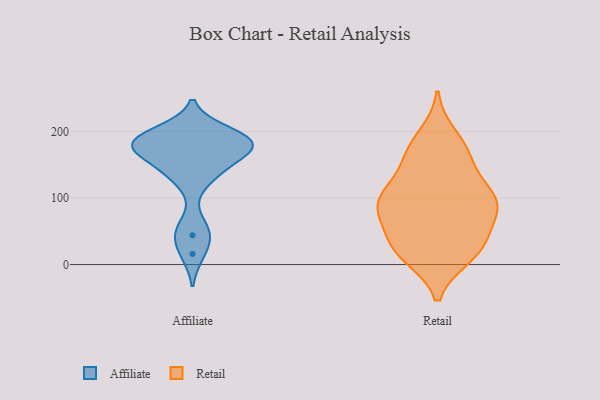
{"axis": {"x": "Production Output", "y": "Value"}, "legend": ["Affiliate", "Retail"], "data": [{"x": "", "y": 199, "type": "Affiliate"}, {"x": "", "y": 193, "type": "Affiliate"}, {"x": "", "y": 181, "type": "Affiliate"}, {"x": "", "y": 44, "type": "Affiliate"}, {"x": "", "y": 182, "type": "Affiliate"}, {"x": "", "y": 155, "type": "Affiliate"}, {"x": "", "y": 16, "type": "Affiliate"}, {"x": "", "y": 171, "type": "Affiliate"}, {"x": "", "y": 130, "type": "Affiliate"}, {"x": "", "y": 179, "type": "Affiliate"}, {"x": "", "y": 54, "type": "Affiliate"}, {"x": "", "y": 184, "type": "Affiliate"}, {"x": "", "y": 182, "type": "Affiliate"}, {"x": "", "y": 138, "type": "Affiliate"}, {"x": "", "y": 127, "type": "Retail"}, {"x": "", "y": 80, "type": "Retail"}, {"x": "", "y": 43, "type": "Retail"}, {"x": "", "y": 92, "type": "Retail"}, {"x": "", "y": 23, "type": "Retail"}, {"x": "", "y": 26, "type": "Retail"}, {"x": "", "y": 91, "type": "Retail"}, {"x": "", "y": 159, "type": "Retail"}, {"x": "", "y": 15, "type": "Retail"}, {"x": "", "y": 40, "type": "Retail"}, {"x": "", "y": 96, "type": "Retail"}, {"x": "", "y": 193, "type": "Retail"}, {"x": "", "y": 93, "type": "Retail"}, {"x": "", "y": 94, "type": "Retail"}, {"x": "", "y": 95, "type": "Retail"}, {"x": "", "y": 172, "type": "Retail"}, {"x": "", "y": 163, "type": "Retail"}, {"x": "", "y": 13, "type": "Retail"}]}